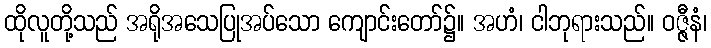
ထိုလူတို့သည် အရိုအသေပြုအပ်သော ကျောင်းတော်၌။ အဟံ၊ ငါဘုရားသည်။ ဝဇ္ဇီနံ၊